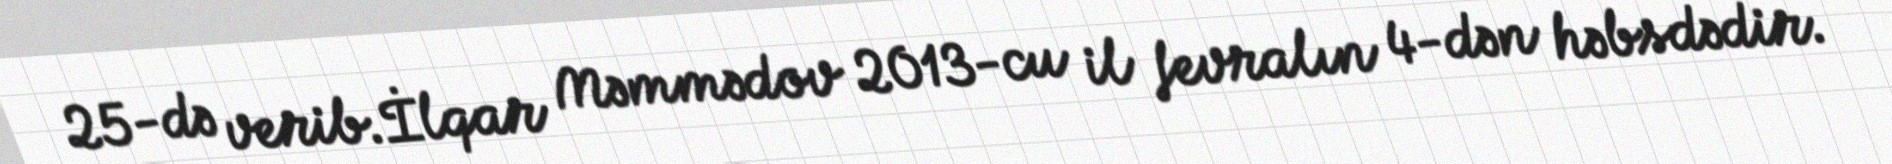
25-də verib.İlqar Məmmədov 2013-cu il fevralın 4-dən həbsdədir.